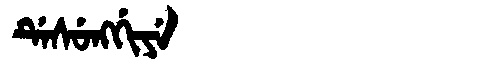
Manchu: ᡩᡝᠰᡠᠩᡤᡳᠶᡝ
Romanization: DESUNGGIYE